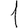
Digit: 1